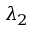
\lambda _ { 2 }